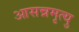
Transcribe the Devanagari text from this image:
आसन्नमृत्यु